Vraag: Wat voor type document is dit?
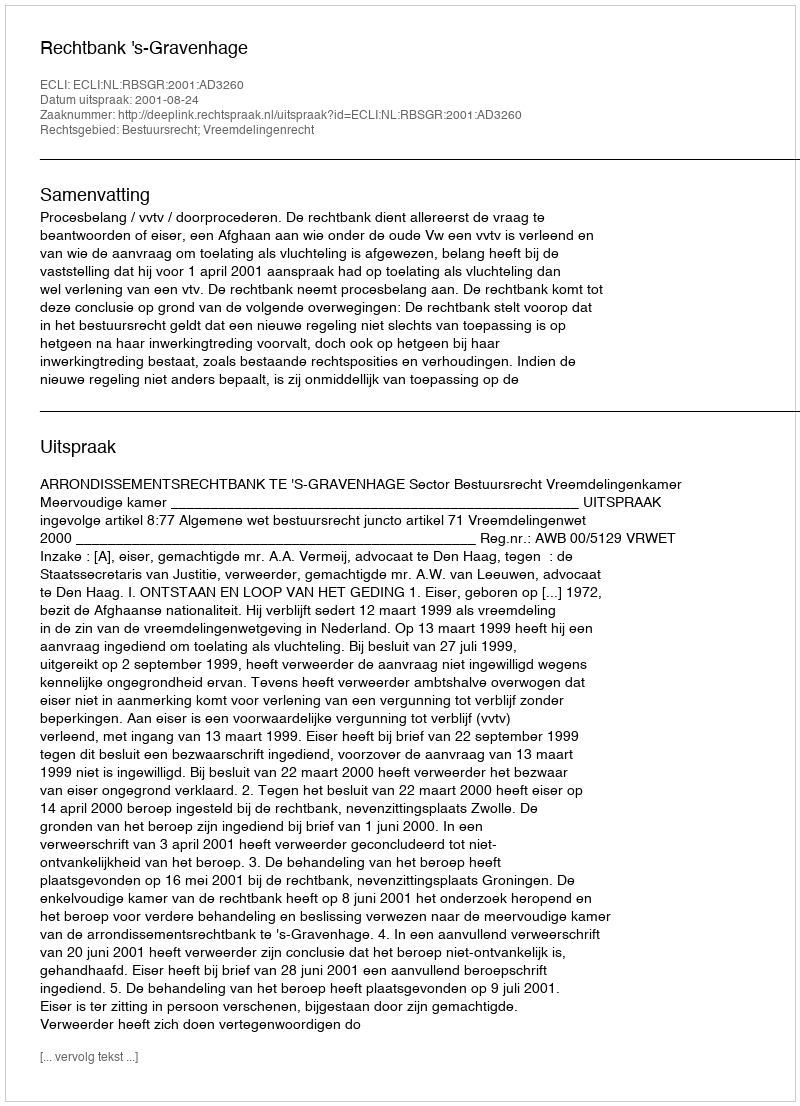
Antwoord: Uitspraak